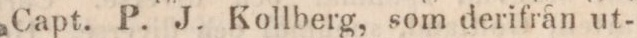
Capt. P. J. Kollberg, som derifrån ut-